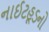
નાઈટહૂડનો